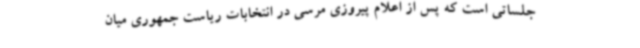
جلساتی است که پس از اعلام پیروزی مرسی در انتخابات ریاست جمهوری میان